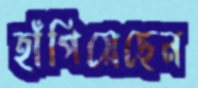
হাঁপিয়েছেন